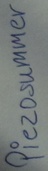
Text: Piezosummer